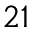
^ { 2 1 }